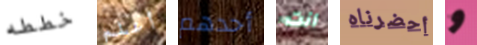
خططه أعلم أحدهم أنت أحضرناه و